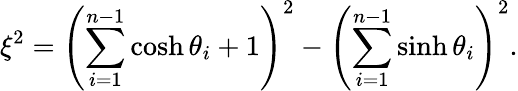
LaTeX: \xi^{2}=\left(\sum_{i=1}^{n-1}\cosh\theta_{i}+1\right)^{2}-\left(\sum_{i=1}^{n-1}\sinh\theta_{i}\right)^{2}.